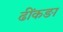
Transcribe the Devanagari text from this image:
ढींकङा